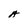
Character: A